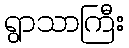
ရွာသာကြီး